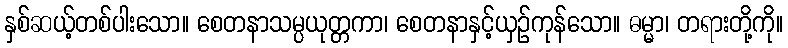
နှစ်ဆယ့်တစ်ပါးသော။ စေတနာသမ္ပယုတ္တကာ၊ စေတနာနှင့်ယှဉ်ကုန်သော။ ဓမ္မာ၊ တရားတို့ကို။